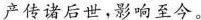
产传诸后世，影响至今。